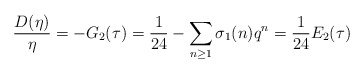
\begin{align*}\frac{D(\eta)}{\eta}=-G_2(\tau)=\frac{1}{24}-\sum_{n\ge 1}\sigma_1(n)q^n=\frac{1}{24}E_2(\tau)\end{align*}